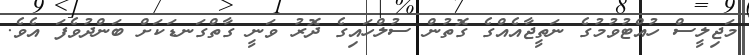
މަޖިލީސް ހުއްޓުވުމުގެ ނަތީޖާއެއްގެ ގޮތުން ސުލްހައިގެ ދޮރު ވަނީ ގާތްގަނޑަކަށް ބަންދުވެފަ އެވެ.